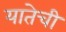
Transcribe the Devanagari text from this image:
यातेची